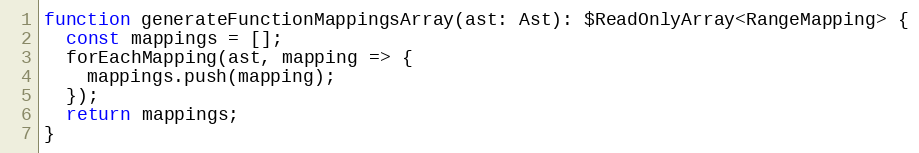
Language: JavaScript
function generateFunctionMappingsArray(ast: Ast): $ReadOnlyArray<RangeMapping> {
  const mappings = [];
  forEachMapping(ast, mapping => {
    mappings.push(mapping);
  });
  return mappings;
}